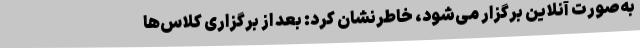
به‌صورت آنلاین برگزار می‌شود، خاطرنشان کرد: بعد از برگزاری کلاس‌ها